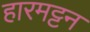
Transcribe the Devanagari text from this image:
हारमट्टन